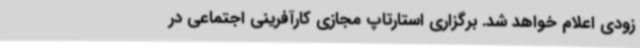
زودی اعلام خواهد شد. برگزاری استارتاپ مجازی کارآفرینی اجتماعی در